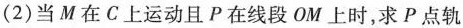
(2)当M在C上运动且P在线段OM上时，求P点轨